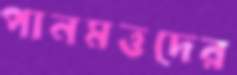
পানমত্তদের